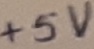
Text: +5V